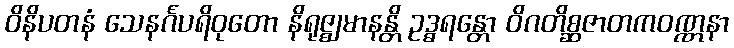
ဝိနိပတနံ သေနင်္ဂပရိဝုတော နိရုဇ္ဈမာနန္တိ ဥဒ္ဓရန္တော ဝိဂတိစ္ဆဇာတကဝဏ္ဏနာ